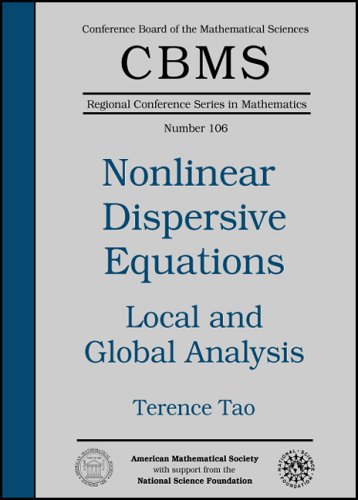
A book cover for Local And Global Analysis of Nonlinear Dispersive And Wave Equations (CBMS Regional Conference Series in Mathematics); Terence Tao; Science & Math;